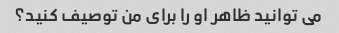
می توانید ظاهر او را برای من توصیف کنید؟